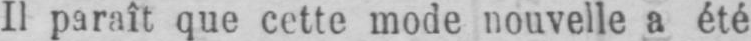
Il paraît que cette mode nouvelle a été